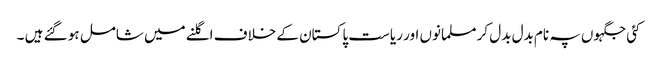
کئی جگہوں پہ نام بدل بدل کر مسلمانوں اور ریاست پاکستان کے خلاف اگلنے میں شامل ہو گئے ہیں ۔